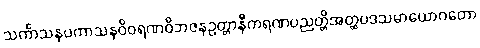
သင်္ကာသနပကာသနဝိဝရဏဝိဘဇနဥတ္တာနီကရဏပညတ္တိအတ္ထပဒသမာယောဂတော